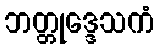
ဘတ္တုဒ္ဒေသကံ